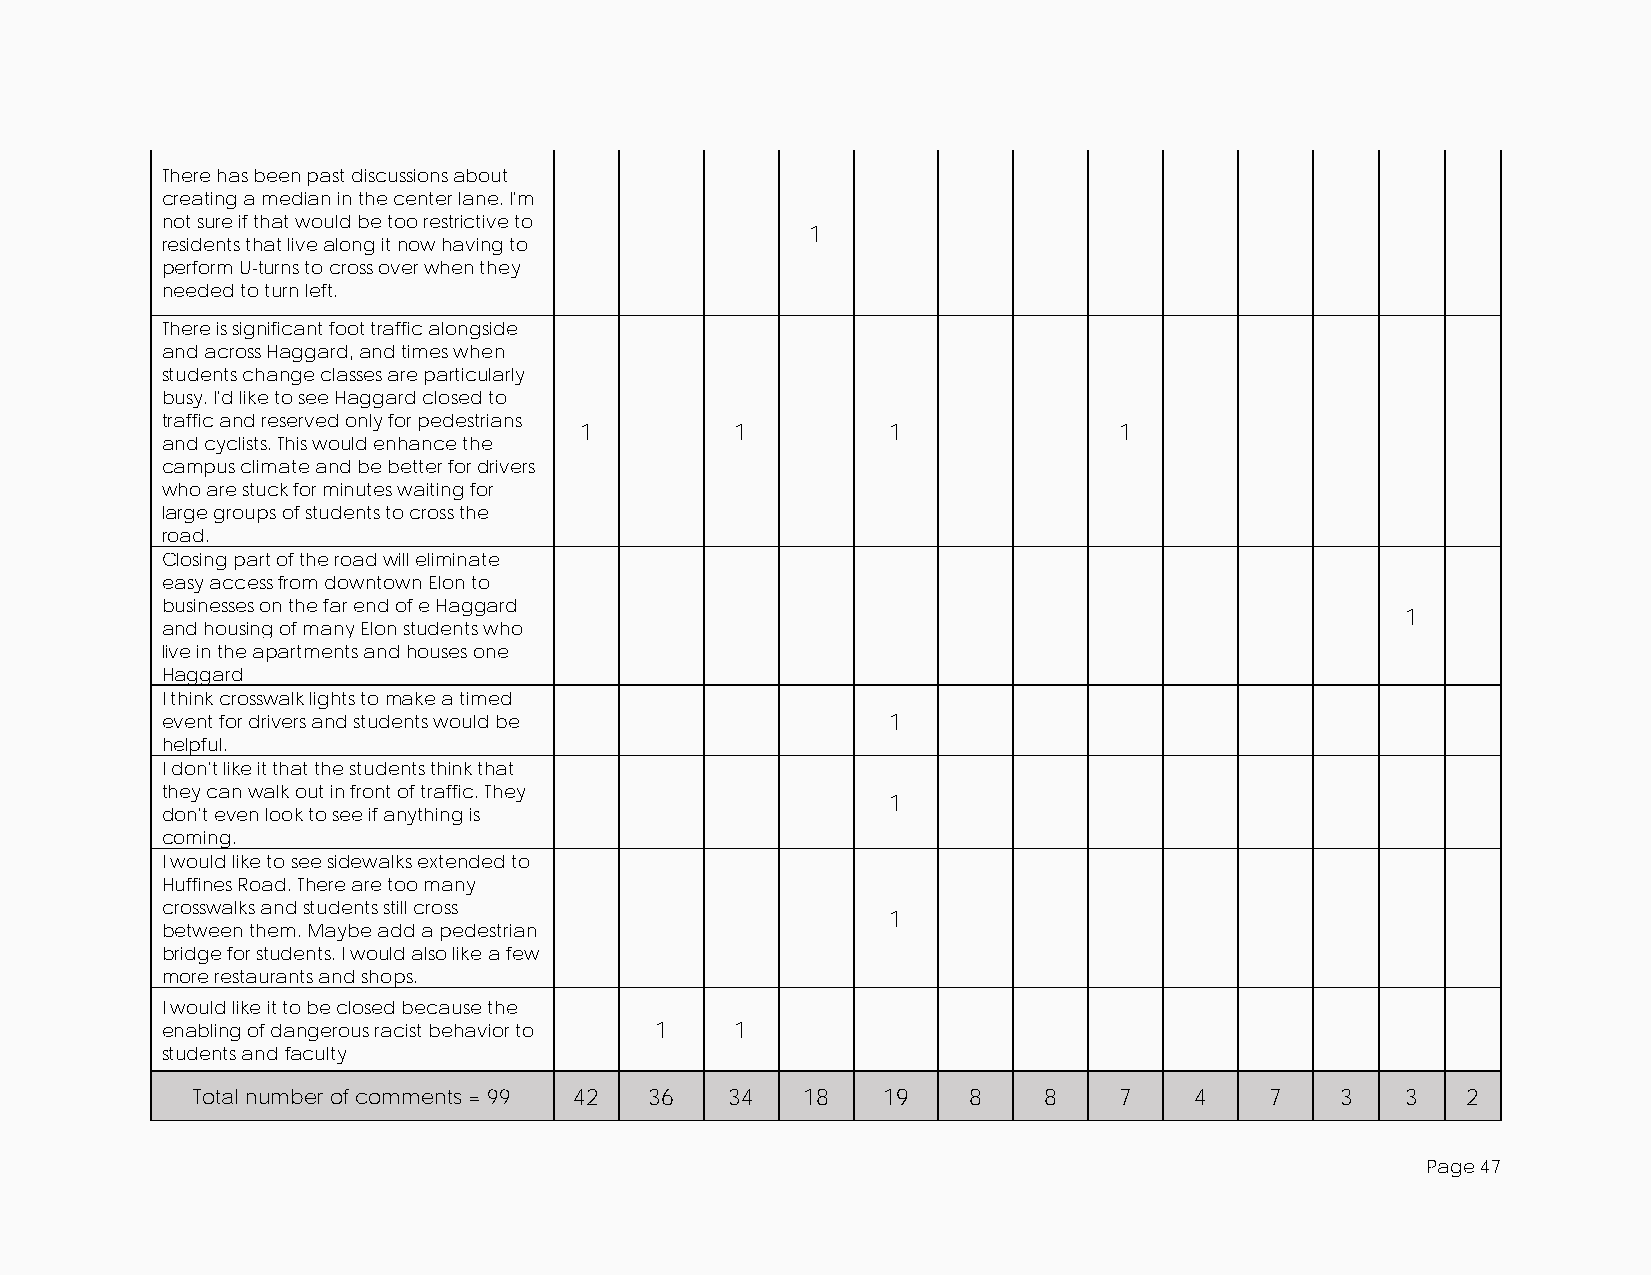
There has been past discussions about
 creating a median in the center lane. I'm
 not sure if that would be too restrictive to
 1
 residents that live along it now having to
 perform U-turns to cross over when they
 needed to turn left.
 There is significant foot traffic alongside
 and across Haggard, and times when
 students change classes are particularly
 busy. I'd like to see Haggard closed to
 traffic and reserved only for pedestrians
 1          1         1              1
 and cyclists. This would enhance the
 campus climate and be better for drivers
 who are stuck for minutes waiting for
 large groups of students to cross the
 road.
 Closing part of the road will eliminate
 easy access from downtown Elon to
 businesses on the far end of e Haggard
 1
 and housing of many Elon students who
 live in the apartments and houses one
 Haggard
 I think crosswalk lights to make a timed
 event for drivers and students would be         1
 helpful.
 I don't like it that the students think that
 they can walk out in front of traffic. They
 1
 don't even look to see if anything is
 coming.
 I would like to see sidewalks extended to
 Huffines Road. There are too many
 crosswalks and students still cross
 1
 between them. Maybe add a pedestrian
 bridge for students. I would also like a few
 more restaurants and shops.
 I would like it to be closed because the
 enabling of dangerous racist behavior to 1 1
 students and faculty
 Total number of comments = 99 42 36 34  18   19    8    8    7    4    7    3   3   2
 Page 47